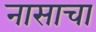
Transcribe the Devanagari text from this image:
नासाचा